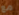
مع